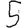
Digit: 5